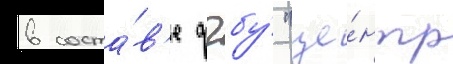
в соста́в'е фгбу́ "це́нтр